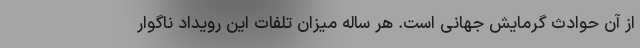
از آن حوادث گرمایش جهانی است. هر ساله میزان تلفات این رویداد ناگوار